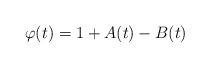
LaTeX: \begin{align*}\varphi(t)=1+A(t)-B(t)\end{align*}